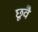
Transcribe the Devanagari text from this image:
छूवै